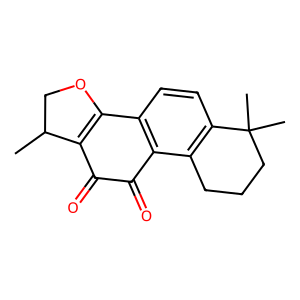
SMILES: CC1COC2=C1C(=O)C(=O)c1c2ccc2c1CCCC2(C)C
Inhibits HIV replication: No